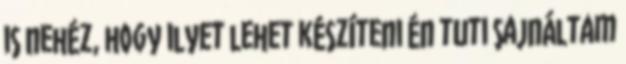
is nehéz, hogy ilyet lehet készíteni Én tuti sajnáltam